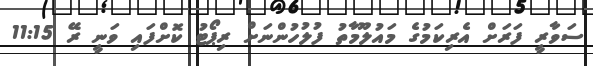
ސަވާރީ ފަރަށް އެރިކަމުގެ މައުލޫމާތު ފުލުހުންނަށް ރިޕޯޓު ކޮށްފައި ވަނީ ރޭ 11:15